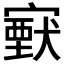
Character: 𡫈